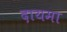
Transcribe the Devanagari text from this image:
दायमा